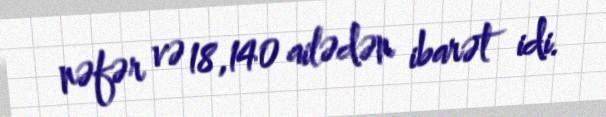
nəfər və 18,140 ailədən ibarət idi.